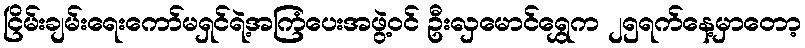
ငြိမ်းချမ်းရေးကော်မရှင်ရဲ့အကြံပေးအဖွဲ့ဝင် ဦးလှမောင်ရွှေက ၂၅ရက်နေ့မှာတော့